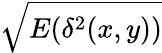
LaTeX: \sqrt{E(\delta^{2}(x,y))}